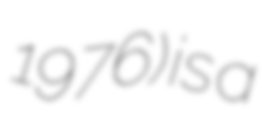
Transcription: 1976) is a